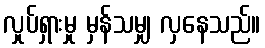
လှုပ်ရှားမှု မှန်သမျှ လှနေသည်။